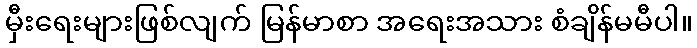
မှီးရေးများဖြစ်လျက် မြန်မာစာ အရေးအသား စံချိန်မမီပါ။